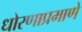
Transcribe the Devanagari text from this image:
धोरणाप्रमाणे